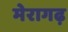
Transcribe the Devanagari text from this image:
मेरागढ़